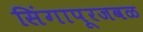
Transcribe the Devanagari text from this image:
सिंगापूरजवळ